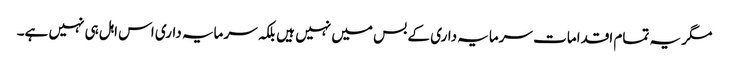
مگر یہ تمام اقدامات سرمایہ داری کے بس میں نہیں ہیں بلکہ سرمایہ داری اس اہل ہی نہیں ہے۔